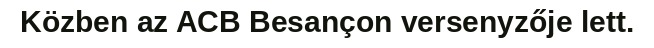
Közben az ACB Besançon versenyzője lett.